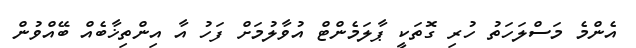
އެންމެ މަސްލަހަތު ހުރި ގޮތަކީ ޕާލަމެންޓް އުވާލުމަށް ފަހު އާ އިންތިޚާބެއް ބޭއްވުން